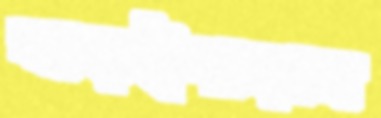
বাড়ইপাড়ায়